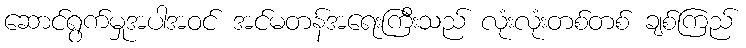
ဆောင်ရွက်မှုအပါအဝင် အင်မတန်အရေးကြီးသည် လုံးလုံးတစ်တစ် ချစ်ကြည်